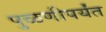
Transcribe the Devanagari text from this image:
पुळणीपर्यंत